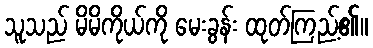
သူသည် မိမိကိုယ်ကို မေးခွန်း ထုတ်ကြည့်၏။